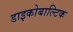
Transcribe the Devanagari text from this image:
डाइकोबाल्टिक